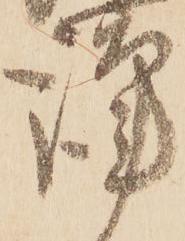
謹